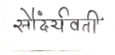
मजकूर: सौंदर्यवती